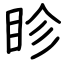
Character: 眕